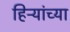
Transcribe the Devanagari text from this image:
हिऱ्यांच्या